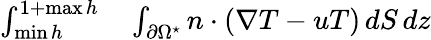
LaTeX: \begin{array}{rl}{\int_{\operatorname*{min}h}^{1+\operatorname*{max}h}}&{{}\int_{\partial\Omega^{\star}}n\cdot(\nabla T-uT)\, dS\, dz}\end{array}